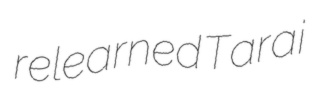
relearned Tarai